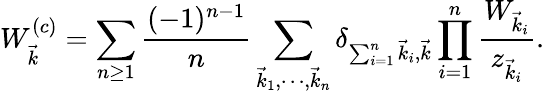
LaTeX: W_{\vec{k}}^{(c)}=\sum_{n\ge 1}{\frac{(-1)^{n-1}}{n}}\sum_{\vec{k}_{1},\cdots,\vec{k}_{n}}\delta_{\sum_{i=1}^{n}\vec{k}_{i},\vec{k}}\prod_{i=1}^{n}{\frac{W_{\vec{k}_{i}}}{z_{\vec{k}_{i}}}}.